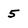
Character: 5